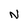
Character: N